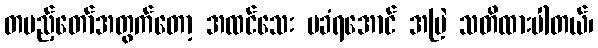
တပည့်တော်အတွက်တော့ အထင်သေး မခံရအောင် အမြဲ သတိထားပါတယ်၊